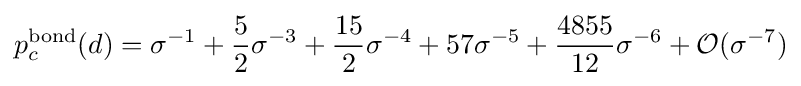
p_{c}^{\mathrm {bond} }(d)=\sigma ^{-1}+{\frac {5}{2}}\sigma ^{-3}+{\frac {15}{2}}\sigma ^{-4}+57\sigma ^{-5}+{\frac {4855}{12}}\sigma ^{-6}+{\mathcal {O}}(\sigma ^{-7})